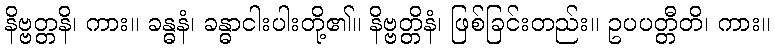
နိဗ္ဗတ္တနိ၊ ကား။ ခန္ဓနံ၊ ခန္ဓာငါးပါးတို့၏။ နိဗ္ဗတ္တိနံ၊ ဖြစ်ခြင်းတည်း။ ဥပပတ္တီတိ၊ ကား။